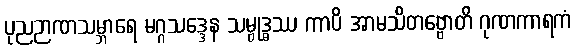
ပုညဉာဏသမ္ဘာရေ မဂ္ဂသဒ္ဒေန သမ္ဗုဒ္ဓဿ ကာပိ အာမသိတဗ္ဗောတိ ဂုဏကာရကံ